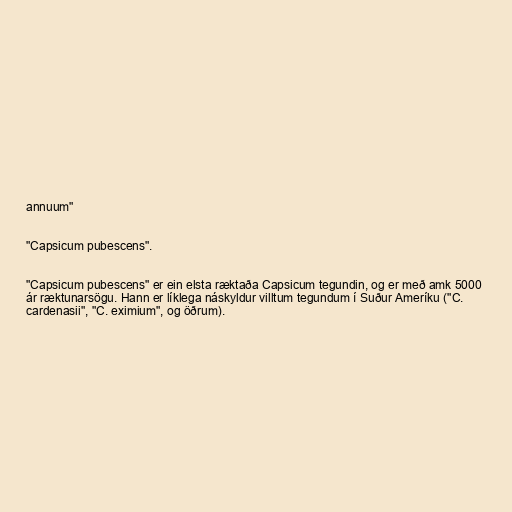
annuum"

"Capsicum pubescens".

"Capsicum pubescens" er ein elsta ræktaða Capsicum tegundin, og er með amk 5000
ár ræktunarsögu. Hann er líklega náskyldur villtum tegundum í Suður Ameríku ("C.
cardenasii", "C. eximium", og öðrum).